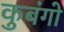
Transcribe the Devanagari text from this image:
कुबंगो